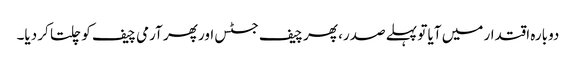
دوبارہ اقتدار میں آیا تو پہلے صدر، پھر چیف جسٹس اور پھر آرمی چیف کو چلتا کر دیا۔